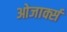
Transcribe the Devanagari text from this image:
ओजार्क्स